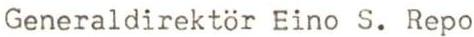
Generaldirektör Eino S. Repo